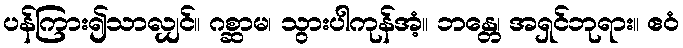
ပန်ကြား၍သာလျှင်။ ဂစ္ဆာမ၊ သွားပါကုန်အံ့။ ဘန္တေ၊ အရှင်ဘုရား။ ဧဝံ